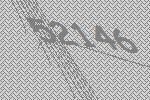
52146